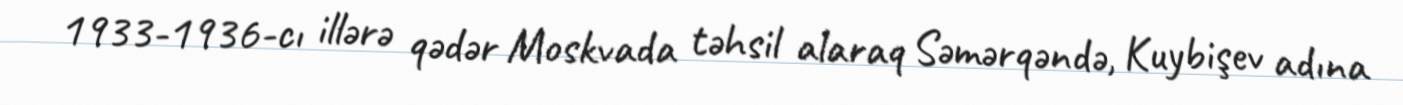
1933-1936-cı illərə qədər Moskvada təhsil alaraq Səmərqəndə, Kuybişev adına